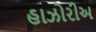
હાઝોરીઅ